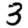
Digit: 3